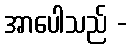
အာပေါသည် -